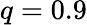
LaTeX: q=0.9